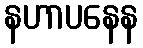
နဟာပနေန